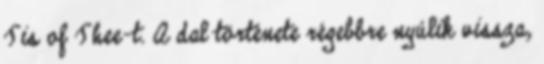
Tis of Thee-t. A dal története régebbre nyúlik vissza,